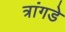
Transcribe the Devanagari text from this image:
त्रांगडे